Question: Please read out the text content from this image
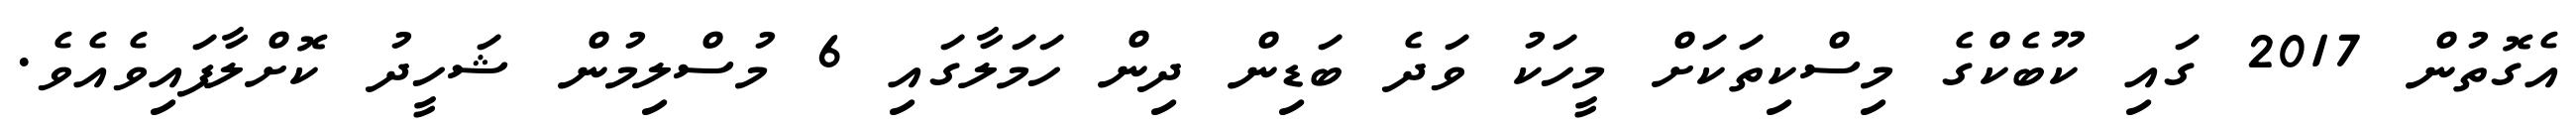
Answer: އެގޮތުން 2017 ގައި ކޫބެކްގެ މިސްކިތަކަށް މީހަކު ވަދެ ބަޑިން ދިން ހަމަލާގައި 6 މުސްލިމުން ޝަހީދު ކޮށްލާފައިވެއެވެ.